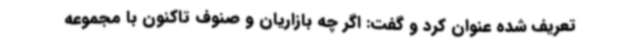
تعریف شده عنوان کرد و گفت: اگر چه بازاریان و صنوف تاکنون با مجموعه